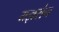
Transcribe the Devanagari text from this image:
यज्ञसेन